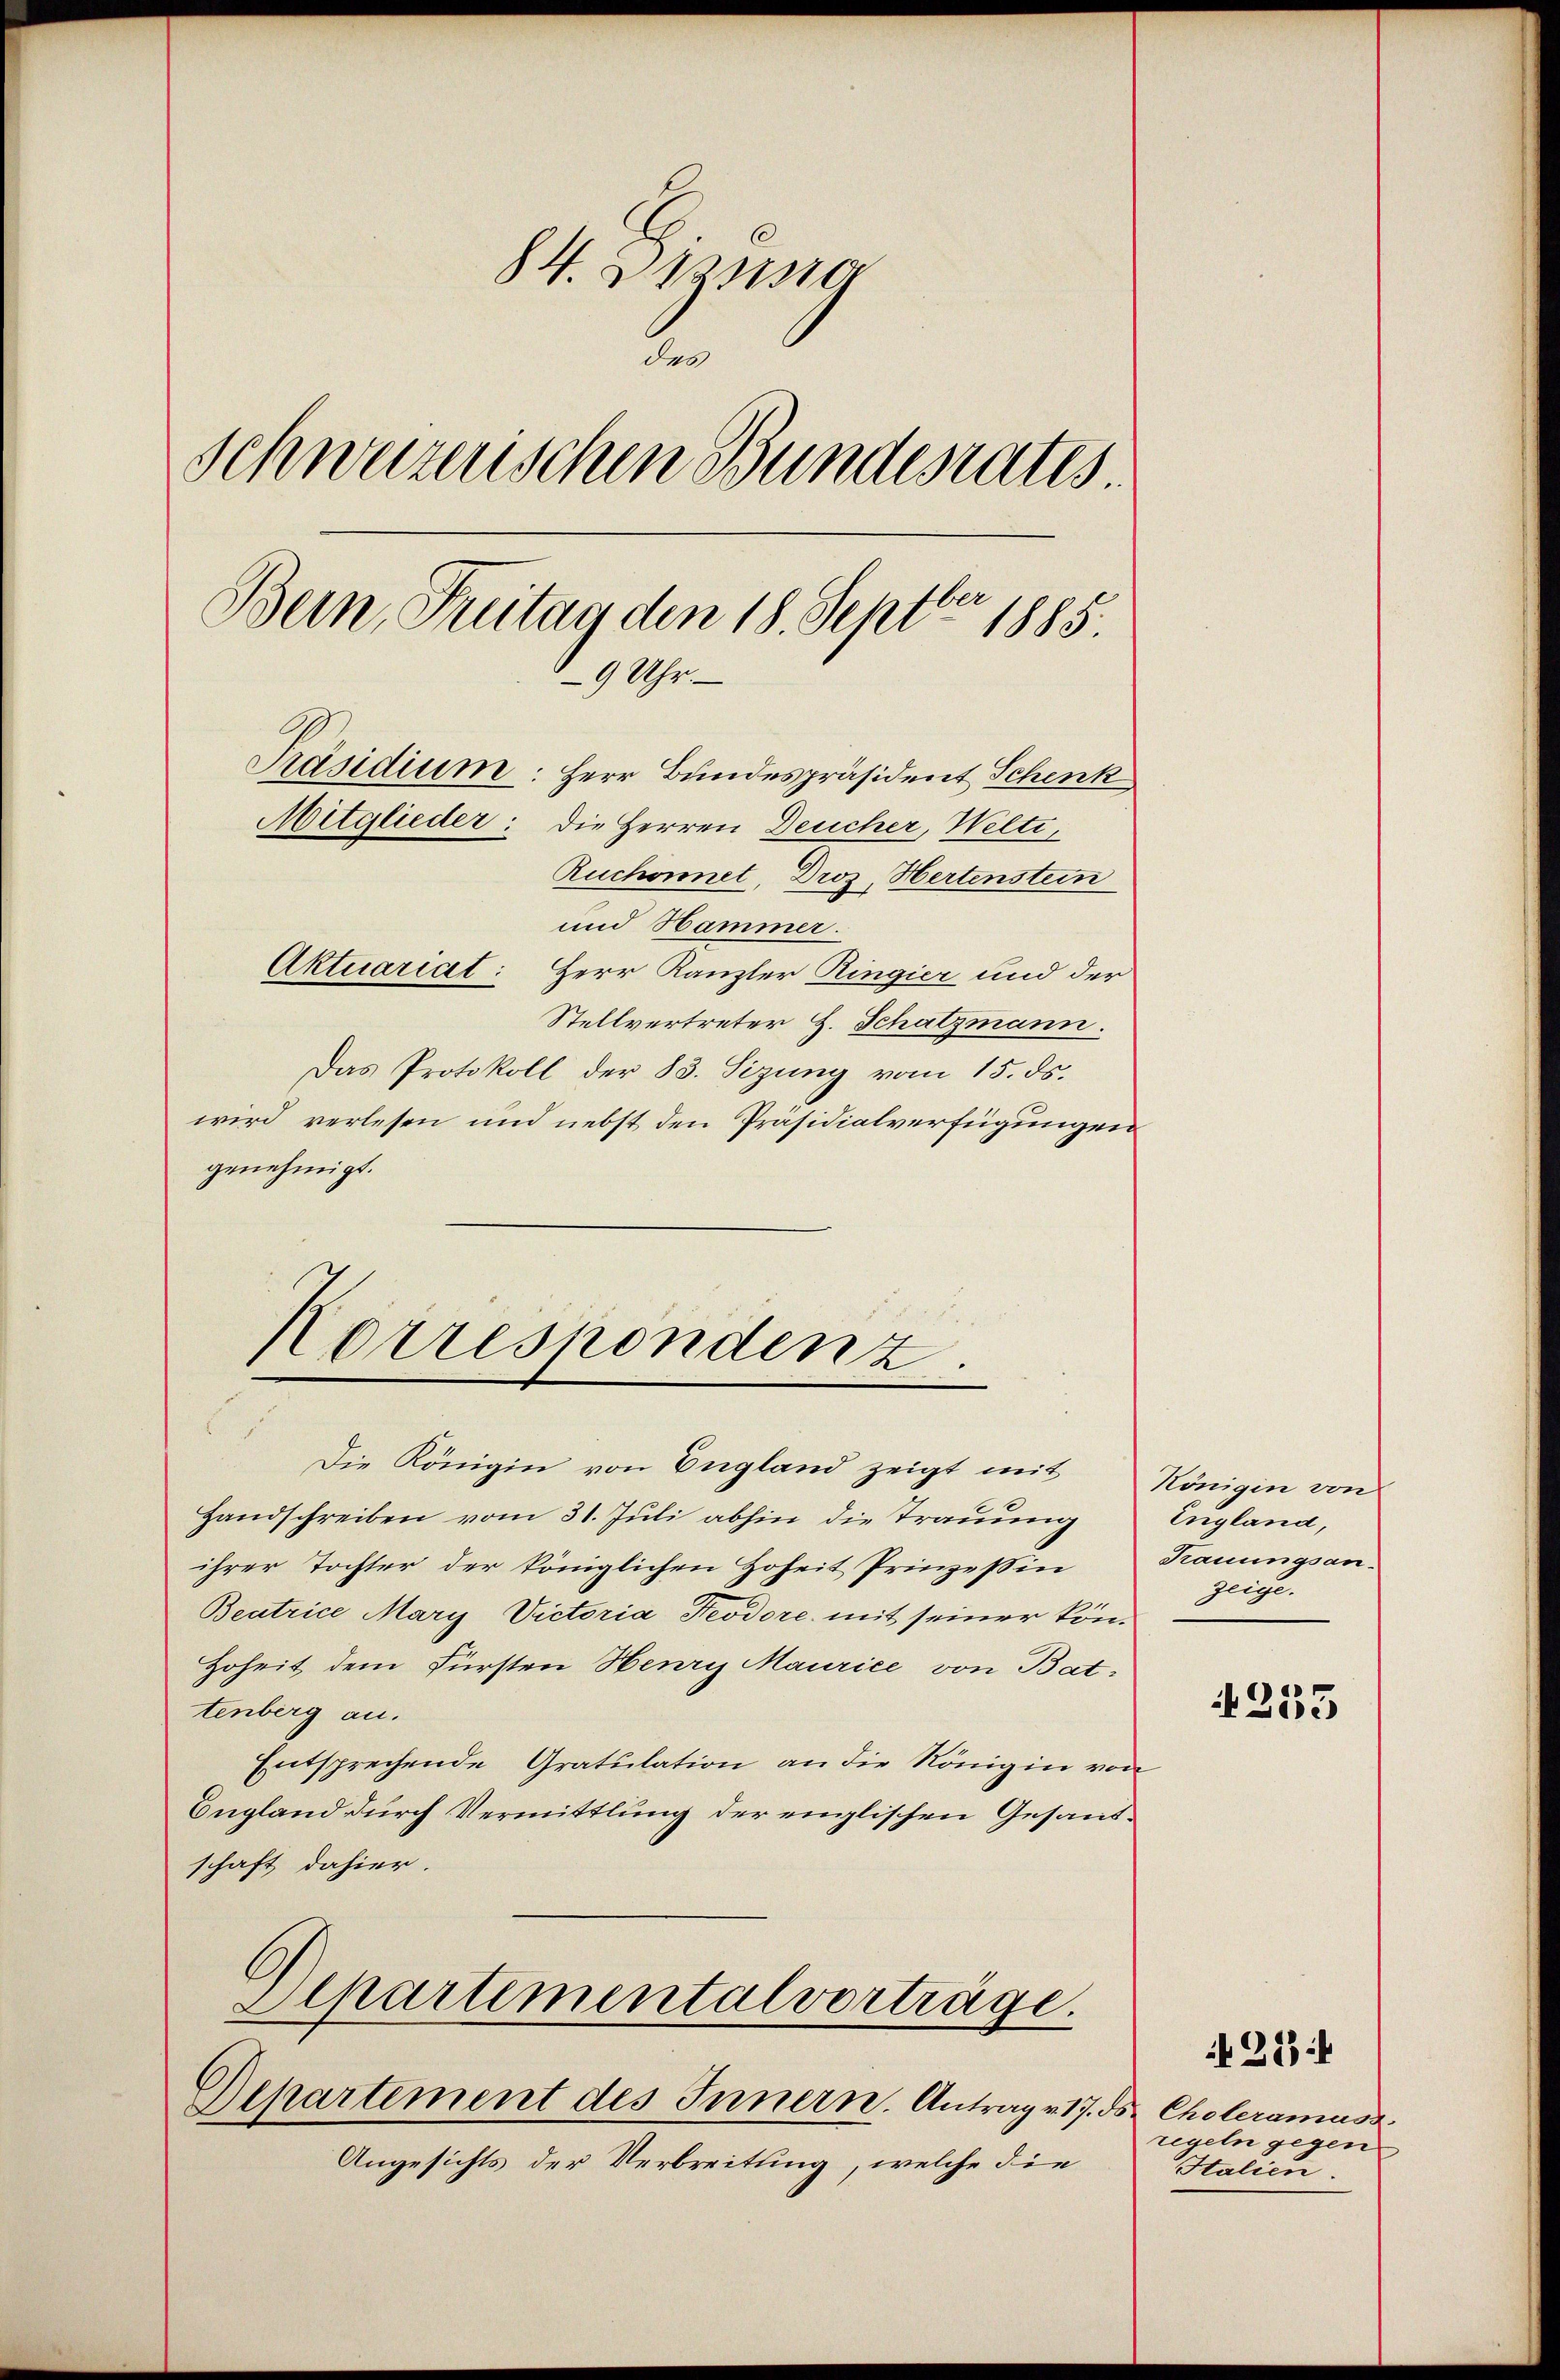
84. Diensta
des
Schweizerischen Bundesrates
Bern, Freitag den 18. Septbr 1885.
9 Uhr.
Präsidium: Herr Bundespräsident Schenk
Mitglieder: die Herren Deucher, Welti,
Ruchonnet, Droz, Hertenstein
und Hammer.
Aktuariat: Herr Kanzler Ringier und der
Stellvertreter H. Schatzmann.

Das Protokoll der 83. Sizung vom 15. ds.
wird verlesen und nebst den Präsidialverfügungen
genehmigt.

Korresponden z

e
Die Königin von England zeigt mit
Handschreiben vom 31. Juli abhin die Trauung
ihrer Tochter der königlichen Zoheit Prinzessin
Beatrice Mary Victoria Feodore mit seiner kön¬
Hoheit dem Fürsten Henry Maurice von Battenberg an.
Entsprechende Gratulation an die Königin von
England durch Vermittlung der englischen Gesandschaft dahier.
Departementalvorträge.
Departement des Innern. Antrag 17. ds Choleramusz
Angesichts der Verbreitung, welche die

Königin von
England,
Trauungsan-
zeige.

4235

regeln gegen
Italien

28: